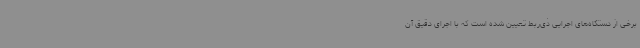
برخی از دستگاه‌های اجرایی ذی‌ربط تعیین شده است که با اجرای دقیق آن